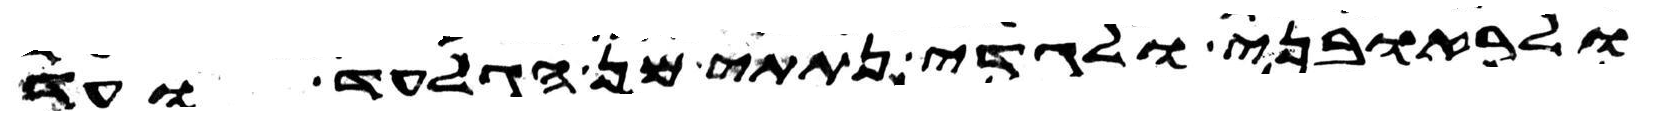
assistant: ולראובני ולגדי נתתי מן הגלעד ועד